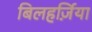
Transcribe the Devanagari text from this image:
बिलहर्ज़िया